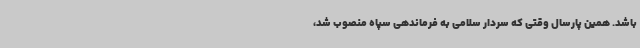
باشد. همین پارسال وقتی که سردار سلامی ‌به فرماندهی سپاه منصوب شد،